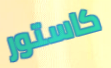
كاستور